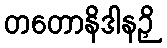
တတောနိဒါနဉှိ